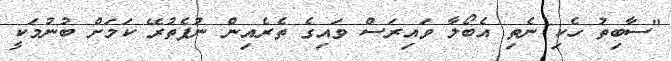
"ސާބިތު ހެކި ނެތި އެބޯލާ ވައިރަސް ވައިގެ ތެރެއިން ނުފެތުރޭ ކަމަށް ބުނުމަކީ